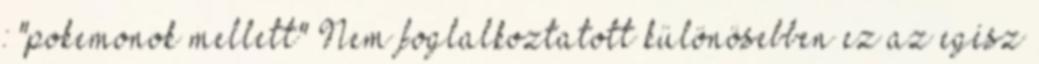
: "pokemonok mellett" Nem foglalkoztatott különösebben ez az egész